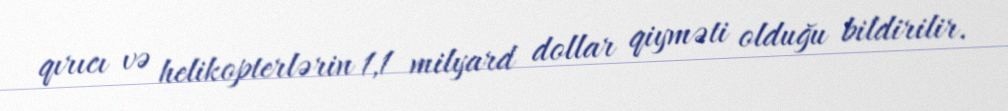
qırıcı və helikopterlərin 1,1 milyard dollar qiyməti olduğu bildirilir.